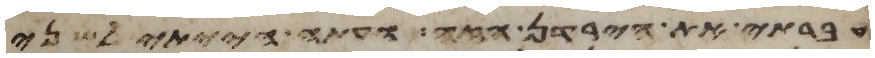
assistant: עברתי את הירדן הזה ועתה הייתי לשני